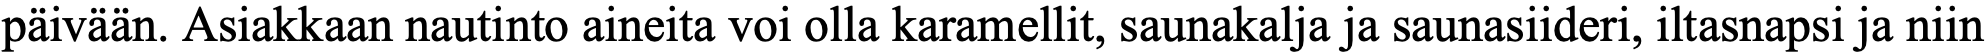
päivään. Asiakkaan nautinto aineita voi olla karamellit, saunakalja ja saunasiideri, iltasnapsi ja niin